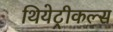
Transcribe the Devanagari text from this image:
थियेट्रीकल्स